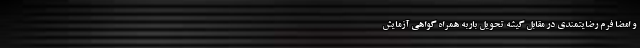
و امضا فرم رضایتمندی در مقابل گیشه تحویل باربه همراه گواهی آزمایش